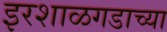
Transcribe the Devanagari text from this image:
इरशाळगडाच्या